Bréfritari: Ragnheiður Daníelsdóttir
Viðtakandi: Daníel Halldórsson og Jakobína Magnúsdóttir
Dagsetning: A-1891-06-02
Skrifað á: Skeggjastöðum  N-Múl. ?
Ragnheiður var dóttir Daníels og Jakobínu

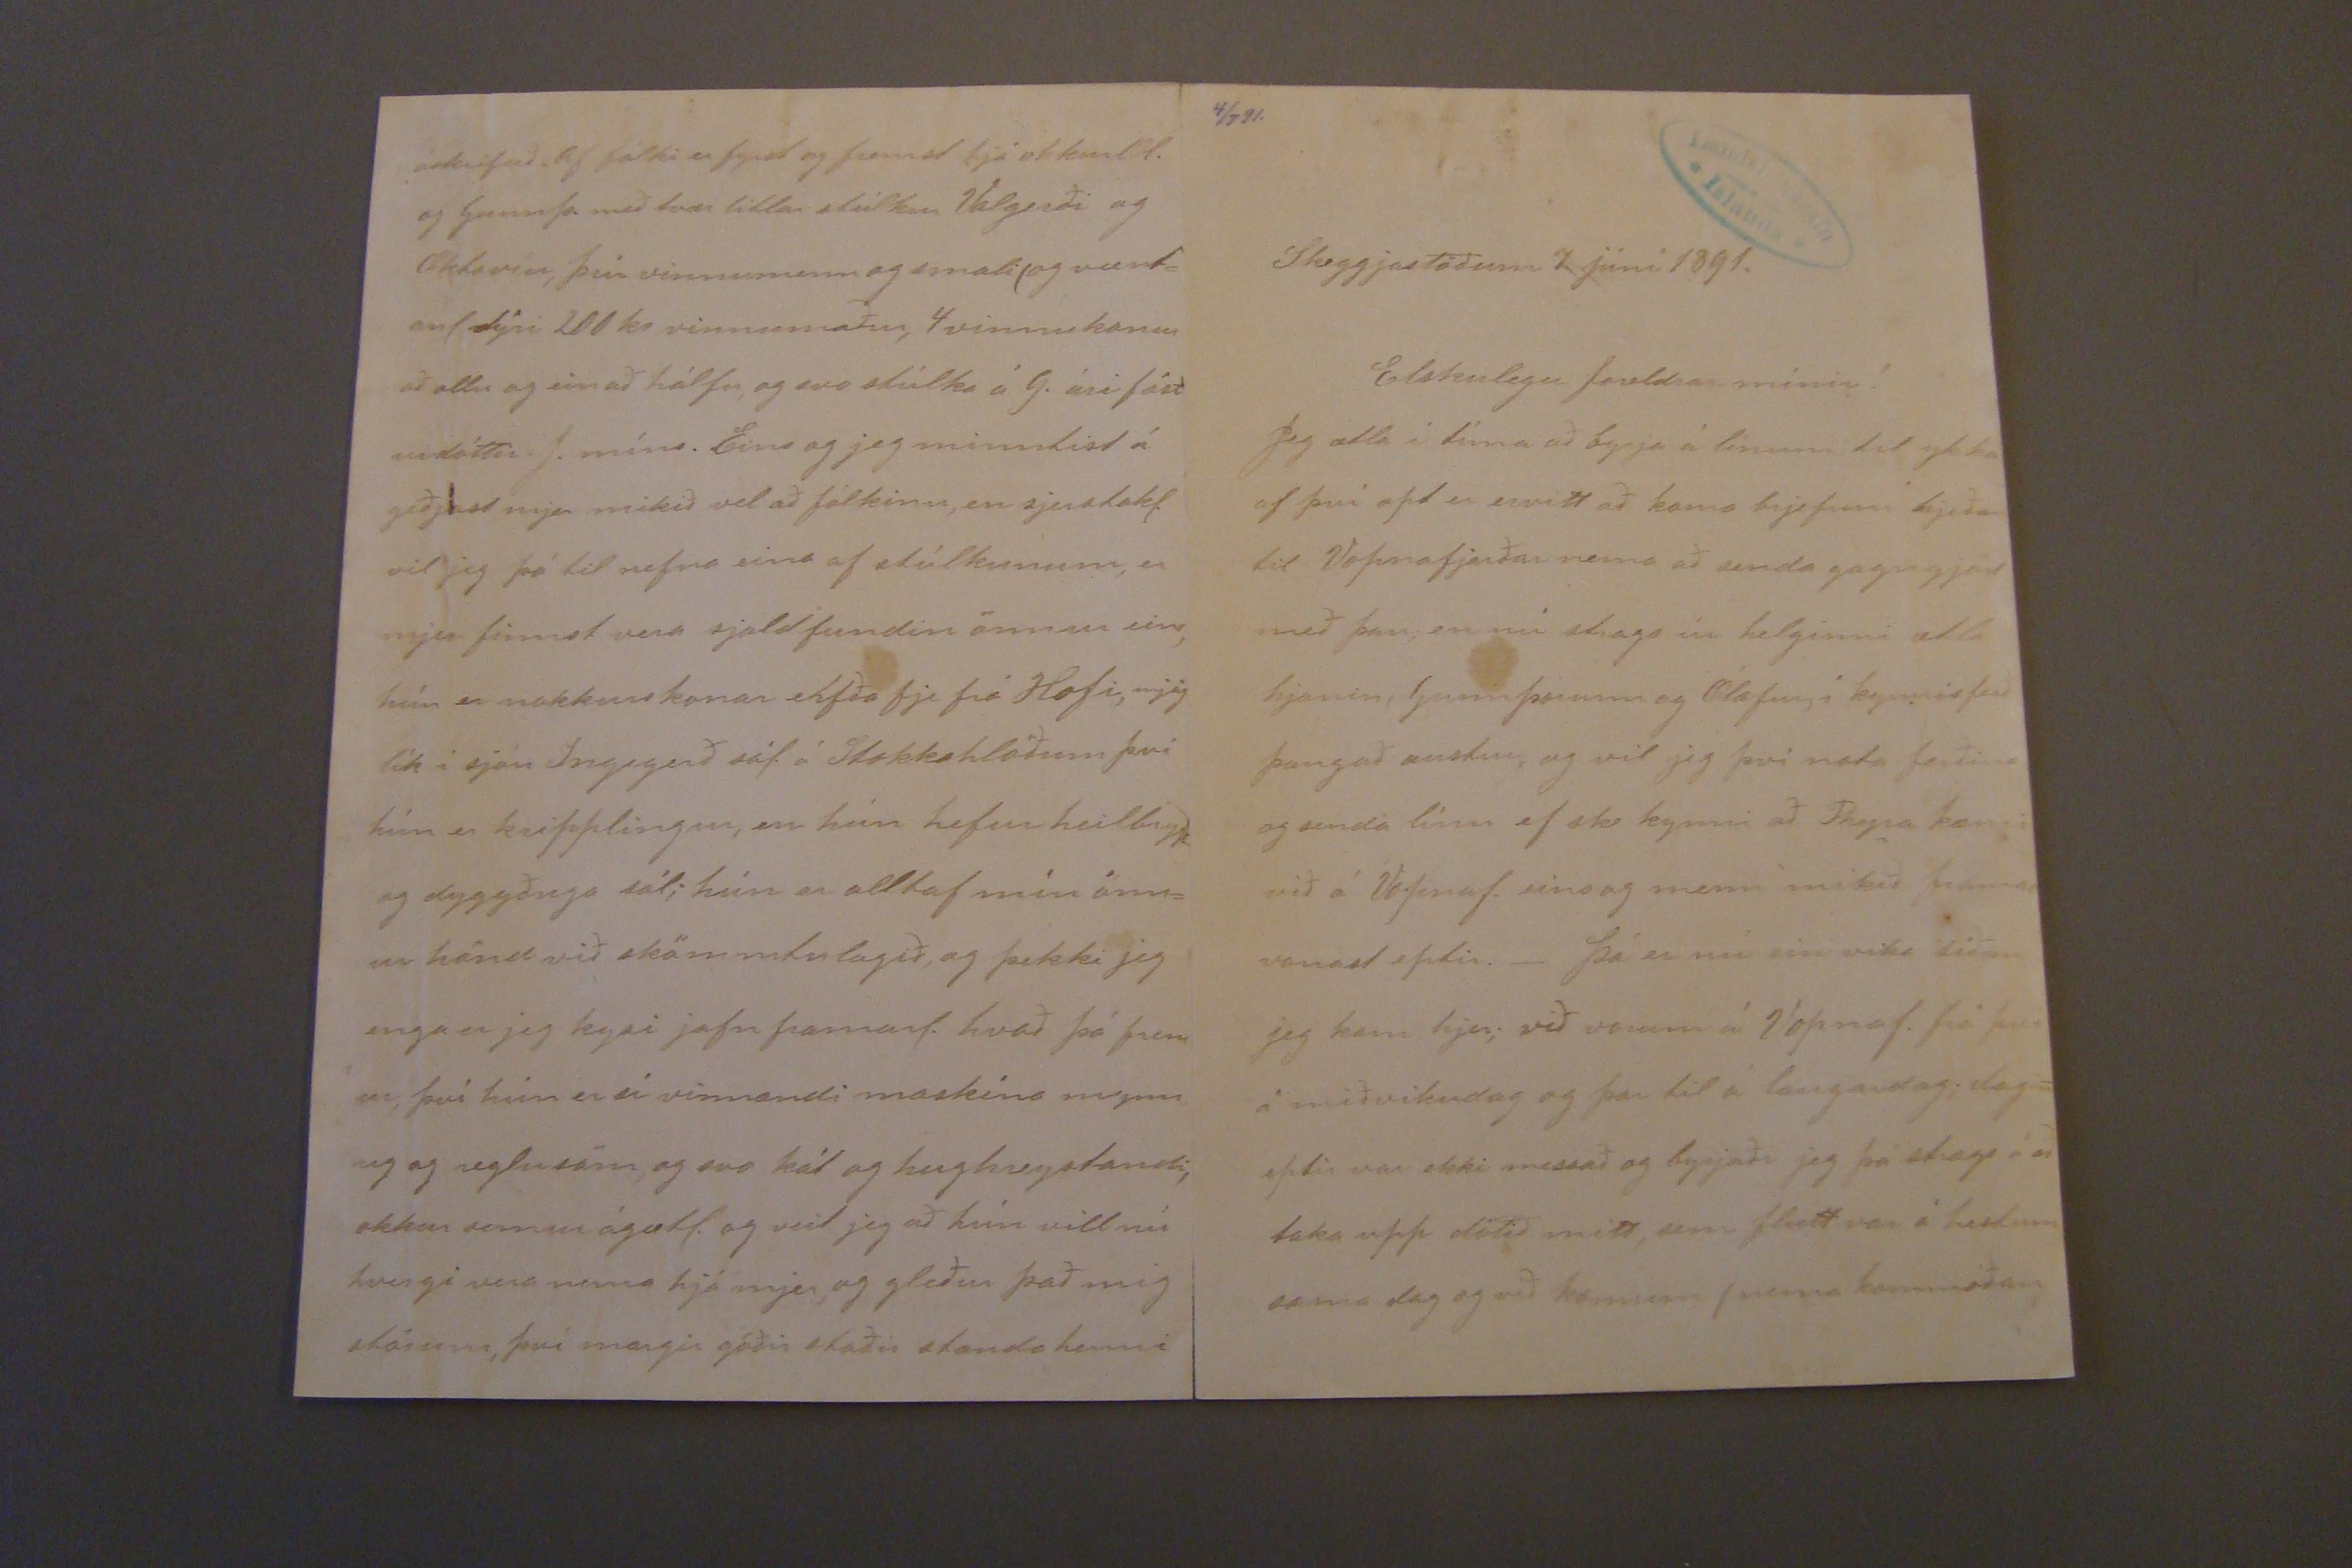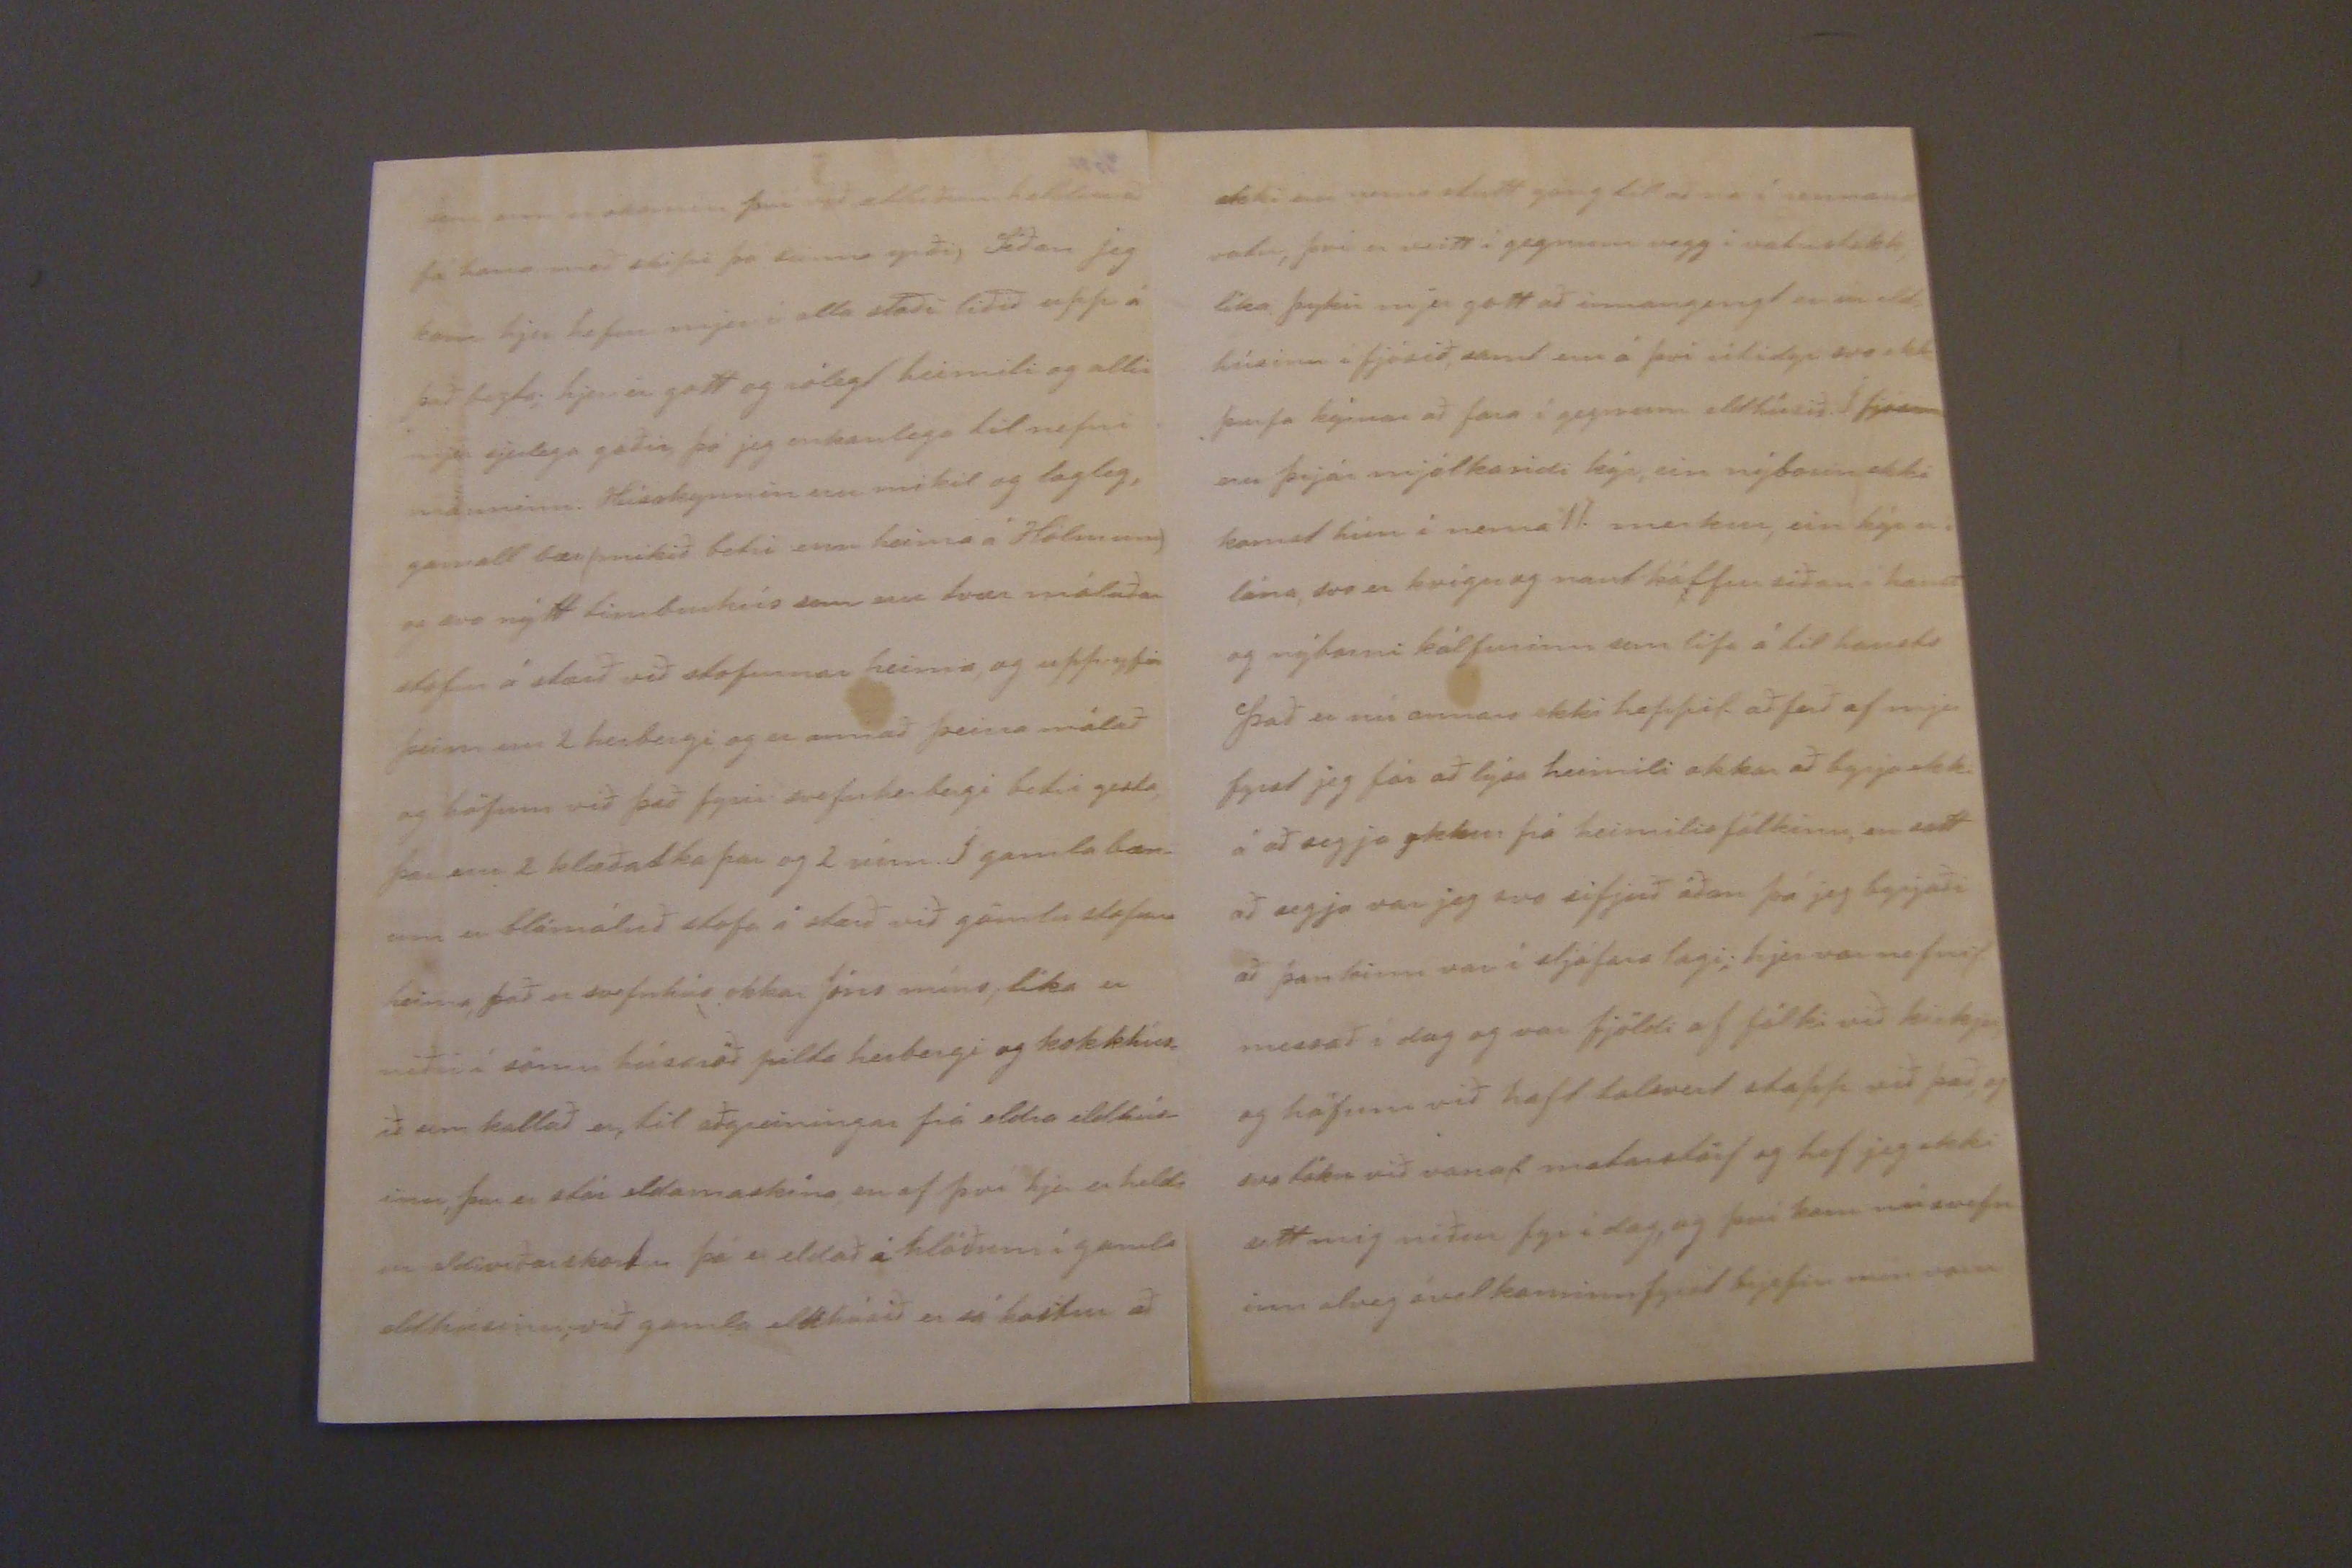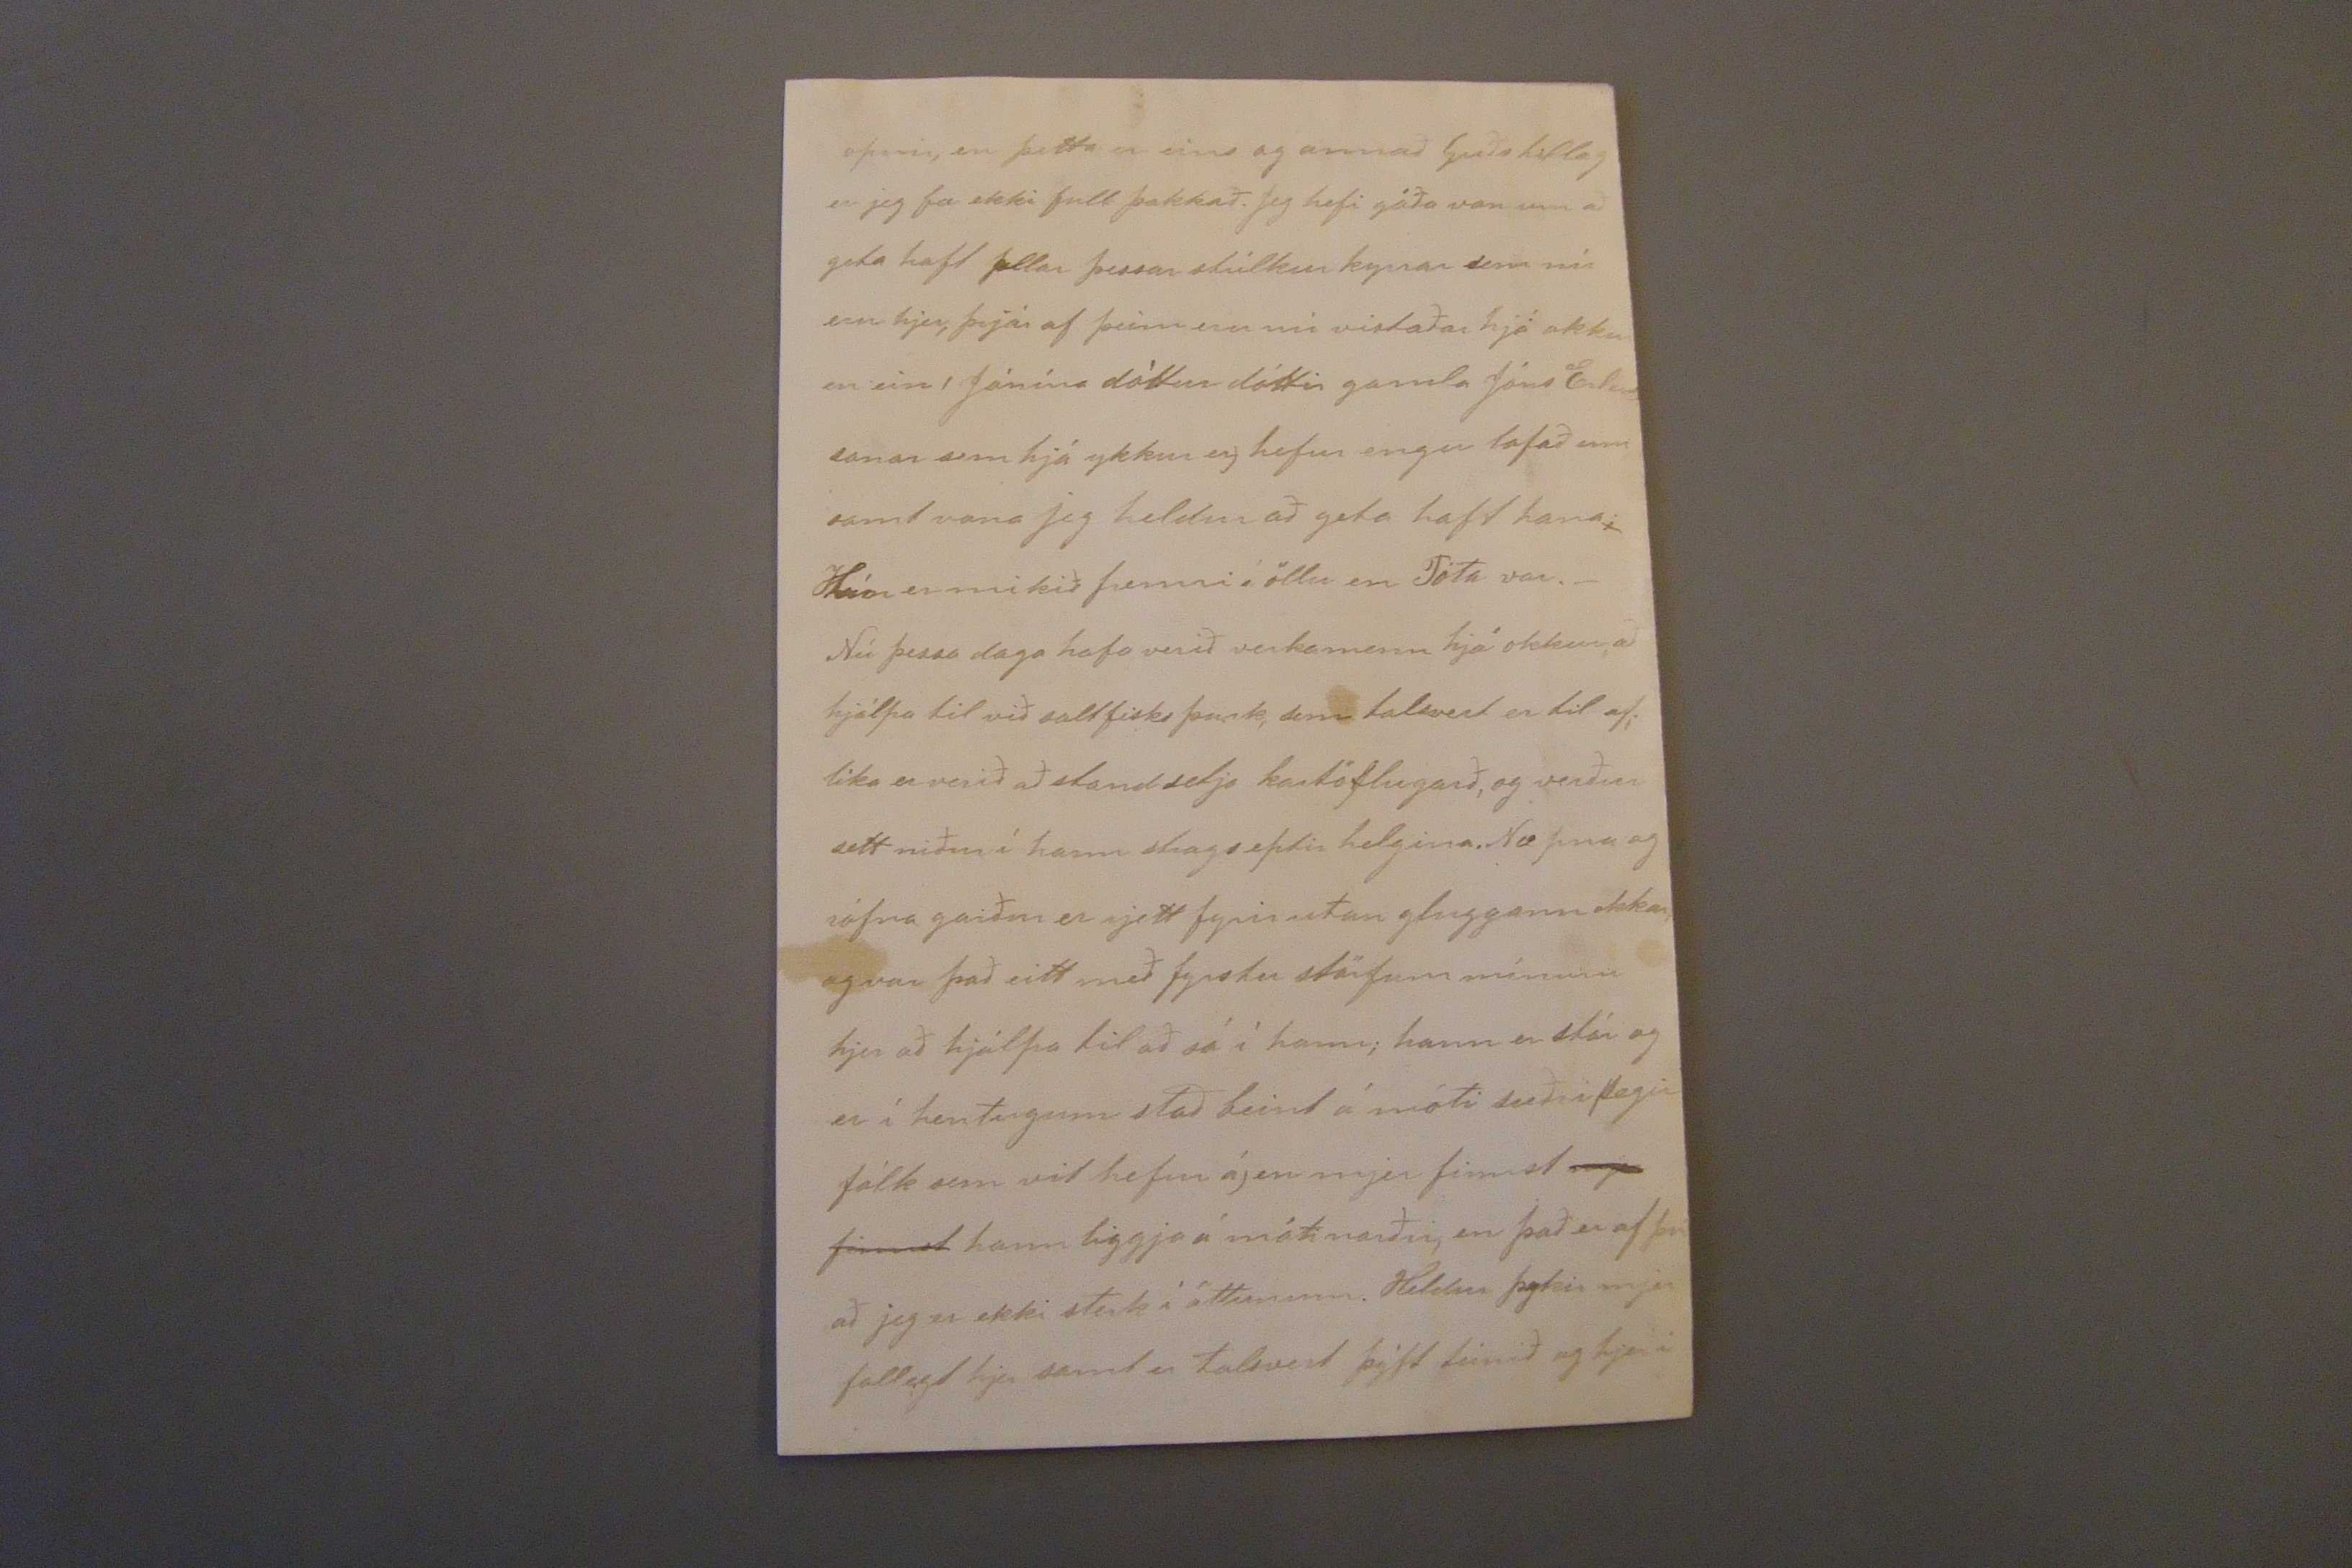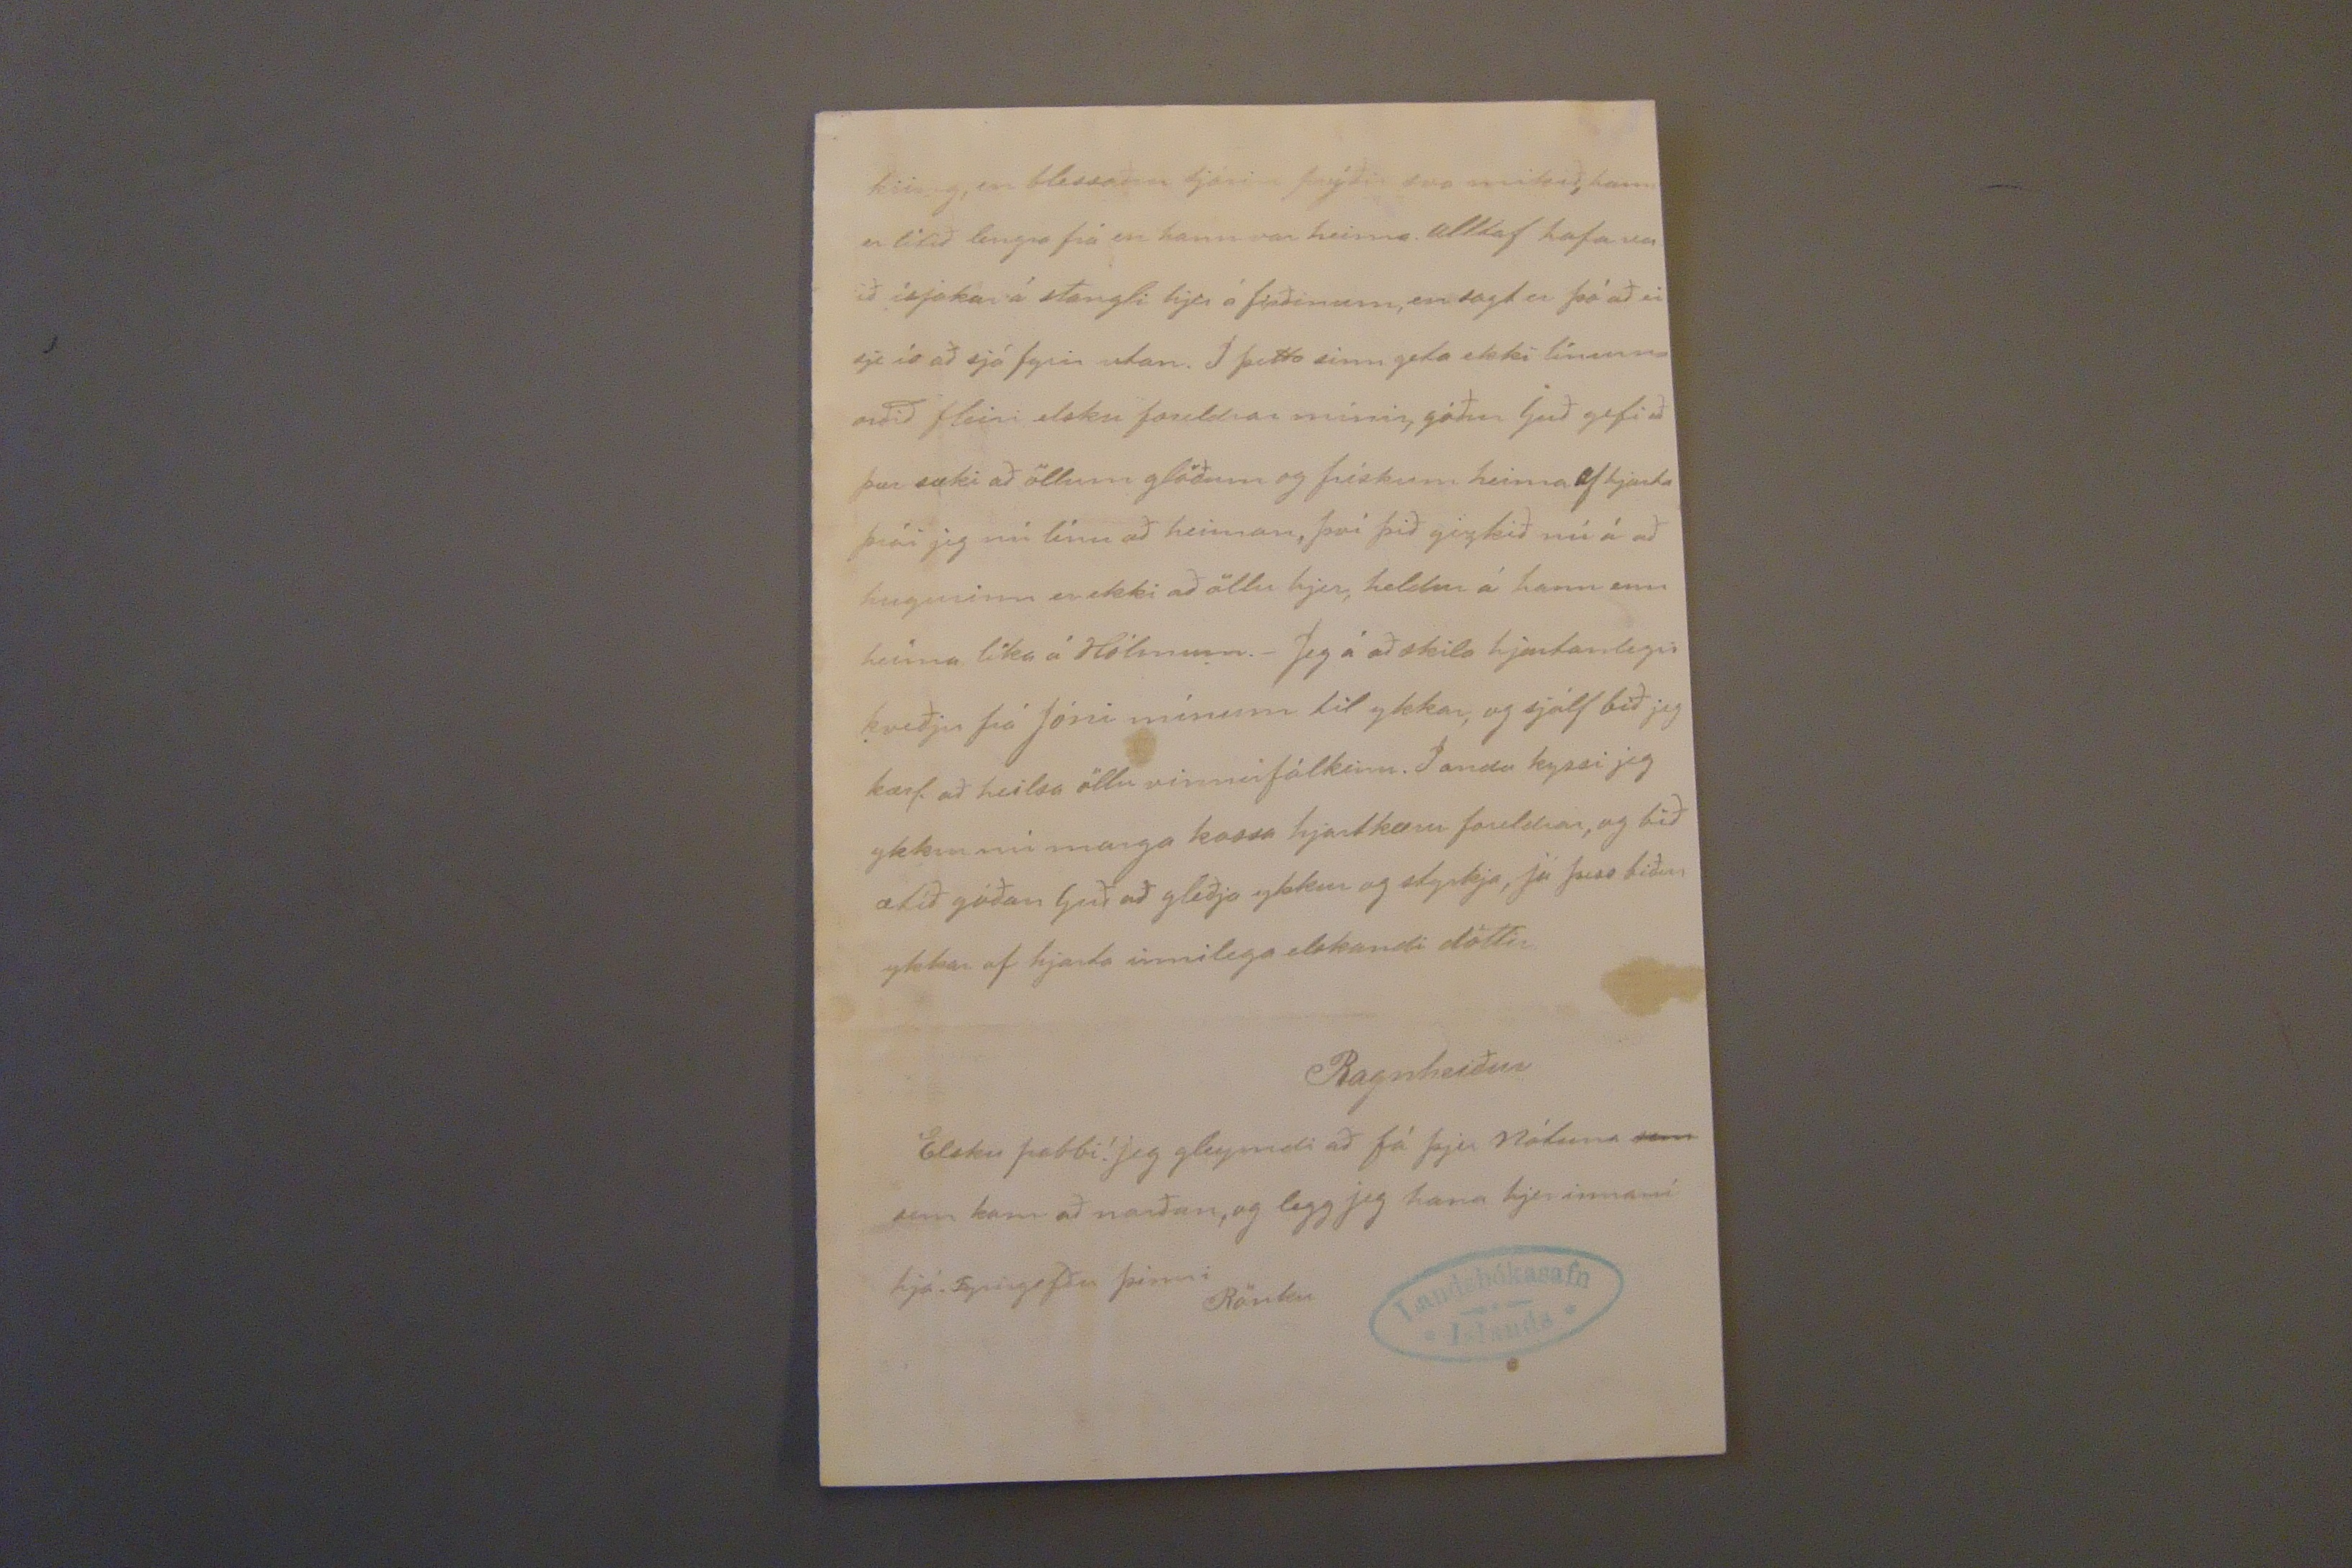

4/9 91.
Skeggjastöðum 2 júní 1891.
Elskulegu foreldrar mínir!
Jeg ætla í tíma að byrja á línum til ykkar af því opt er ervitt að koma brjefum hjeðan til Vopnafjarðar nema að senda gagngjert með þau, en nú strags úr helginni ætla hjonin, Gunnþórunn og Ólafur í kynnisferð þangað austur, og vil jeg því nota ferðina og senda línu ef ske kynni að Thyra komi við á Vopnaf. einsog menn mikið
00000
vonast eptir._ Þá er nú ein vika síðan jeg kom hjer; við vorum á Vopnaf. frá því á miðvikudag og þar til á laugardag; dag= eptir var ekki messað og byrjaði jeg þá strags á að taka upp dótið mitt, sem flutt var á hestum sama dag og við komum (nema kommóðan
sem enn er ókomin því við ætluðum heldur að fá hana með skipi þó seinna yrði) Síðan jeg kom hjer hefur mjer í alla staði liðið upp á það bezta; hjer er gott og rólegt heimili og allir mjer sjerlega góðir, þó jeg enkanlega tilnefni manninn. Húsakynnin eru mikil og lagleg, gamall bær (mikið betri enn heima á Hólmum) og svo nýtt timburhús sem eru tvær málaðar stofur á stærð við stofunnar heima, og upp yfir þeim eru 2 herbergi og er annað þeirra málað og höfum við það fyrir svefnherbergi betri gesta, þar eru 2 klæðaskapar og 2 rúm. Í gamla bæn- um er blámáluð stofa á stærð við gömlu stofuna heima, það er svefnhús okkar Jóns míns, líka er niðri í sömu húsaröð pilta herbergi og kokkhús= ið sem kallað er, til aðgreiningar frá eldra eldhús- inu, þar er stór eldamaskína en af því hjer er held ur eldiviðarskortur þá er eldað á hlóðum í gamla eldhúsinu; við gamla eldhúsið er sá kostur að
ekki er nema stutt göng til að ná í rennand vatn, því er veitt í gegnum vegg í vatns
00kk
líka þykir mjer gott að innangengt er úr eld= húsinu í fjósið, samt eru á því útidyr svo ekki þurfa kýrnar að fara í gegnum eldhúsið. Í fjósinu eru þrjár mjólkandi kýr, ein nýborin ekki komst hún í nema 11. merkur, ein kýr er í lána, svo er kvígu og naut kálfur síðan í haust og nýborni kálfurinn sem lifa á til hausts Það er nú annars ekki heppil. að ferð af mjer fyrst jeg fór að lýsa heimili okkar að byrja ekki á að segja ykkur frá heimilisfólkinu, en satt að segja var jeg svo sifjuð áðan þó jeg byrjaði að þankinn var í sljófara lagi; hjer var nefnil. messað í dag og var fjöldi af fólki við kirkju; og höfum við haft talsvert stapp við það, og svo tóku við vanal. matarstörf og hef jeg ekki sett mig niður fyr í dag, og því kom nú svefn- inn alveg óvelkominn fyrst brjefin mín voru
óskrifuð. Af fólki er fyrst og fremst hjá okkur
M.
og Gunnþ. með tvær litlar stúlkur Valgerði og Oktavíu, Þeir vinnumenn og smali (og vænt= anl dýri 200 kr vinnumaður, 4 vinnukonur að allir og ein að hálfu, og svo stúlka á 9. ári fóst urdóttir J. míns. Eins og jeg minntist á geðjast mjer mikið vel að fólkinu, en sjerstakl. vil jeg þá til nefna eina af stúlkunum, er mjer finnst vera sjaldfundin önnur eins; hún er nokkurs konar
erfða
fje frá Hofi, mjög lík í sjón Ingigerð sál. á Stokkshlöðum því hún er kripplingur, en hún hefur heilbrygð og dyggðuga sál; hún er alltaf mín önn= ur hönd við skömmtulagið, og þekki jeg enga er jeg kysi jafn framarl. hvað þá frem ur, því hún er sí vinnandi maskína mynn ug og reglusöm, og svo kát og hughreystandi, okkur semur ágætl. og veit jeg að hún vill nú hvergi vera nema hjá mjer, og gleður það mig stórum, því margir góðir staðir standa henni
opnir, en þetta er eins og annað Guðs tillag er jeg fæ ekki full þakkað. Jeg hefi góða von um að geta haft allar þessar stúlkur kyrrar sem nú eru hjer, þrjár af þeim eru nú vistaðar hjá okkur en ein (Jónína dóttur dóttir gamla Jóns Erlend_ sonar sem hjá ykkur er) hefur engu lofað enn samt vona jeg heldur að geta haft hana; Hún er mikið fremri í öllu en Tóta var._ Nú þessa daga hafa verið verkamenn hjá okkur að hjálpa til við saltfisks þurk, sem talsvert er til af; líka er verið að standsetja kartöflugarð, og verður sett niður í hann strags eptir helgina. Næpna og rófna garður er rjett fyrir utan gluggann okkar, og var það eitt með fyrstu störfum mínum hjer að hjálpa til að sá í hann; hann er stór og er í hentugum stað beint á móti suðri (segir fólk sem vit hefur á) en mjer finnst
mjer finnst
hann liggja á móti norðri, en það er af því að jeg er ekki sterk í áttunum. Heldur þykir mjer fallegt hjer samt er talsvert þýft túnið og hjer í
kring, er blessaður sjórin prýðir svo mikið, hann er lítið lengra frá en hann var heima. Alltaf hafa ver ið ísjakar á stangli hjer á firðinum, ein sagt er þó að ei sje ís að sjá fyrir utan. Í þetta sinn geta ekki línurnar orðið fleiri elsku foreldrar mínir, góður Guð gefi að þær sæki að öllum glöðum og frískum heima Af hjarta þrái jeg nú línu að heiman, því þið gizkið nú á að hugurinn er ekki að öllu hjer, heldur á hann enn heima líka á Hólmum._ Jeg á að skila hjartanlegri kveðju frá Jóni mínum til ykkar, og sjálf bið jeg kærl. að heilsa öllu vinnufólkinu. Í anda kyssi jeg ykkur nú marga kossa hjartkæru foreldrar, og bið ætíð góðan Guð að gleðja ykkur og styrkja, jú þess biður ykkar af hjarta innilega elskandi dóttir
Ragnheiður
Elsku pabbi! Jeg gleymdi að fá þjer nótuna
sem
sem kom að norðan, og legg jeg hana hjer innaní hjá. Fyrirgefðu þinni Rönku